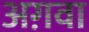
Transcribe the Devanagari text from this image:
अग़वा